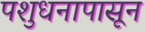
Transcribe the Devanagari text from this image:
पशुधनापासून